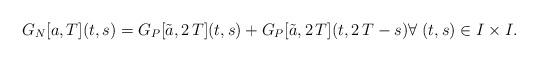
LaTeX: \begin{align*}G_N[a,T](t,s)=G_P[\tilde a,2\,T](t,s)+G_P[\tilde a,2\,T](t,2\,T-s) \forall \;(t,s) \in I \times I.\end{align*}